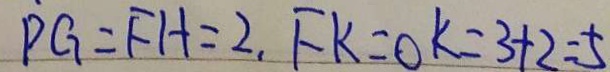
\dot { p } G = F H = 2 , F K = O K = 3 + 2 = 5